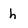
Character: h